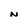
Character: N